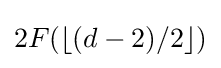
2F(\lfloor (d-2)/2\rfloor )